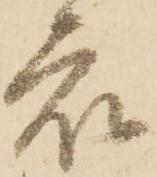
衆